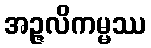
အဉ္ဇလိကမ္မဿ